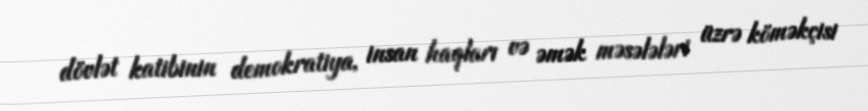
dövlət katibinin demokratiya, insan haqları və əmək məsələləri üzrə köməkçisi